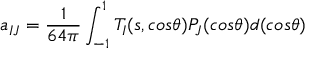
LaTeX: a _ { I J } = \frac { 1 } { 6 4 \pi } \int _ { - 1 } ^ { 1 } T _ { I } ( s , c o s \theta ) P _ { J } ( c o s \theta ) d ( c o s \theta )